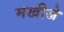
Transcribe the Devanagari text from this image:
मखीजे